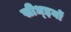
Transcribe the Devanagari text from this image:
सीध्इयों